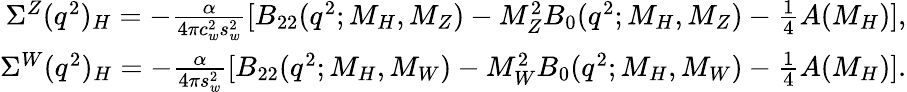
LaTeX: \begin{array}{r}{\Sigma^{Z}(q^{2})_{H}=-\frac{\alpha}{4\pi c_{w}^{2}s_{w}^{2}}[B_{22}(q^{2};M_{H},M_{Z})-M_{Z}^{2}B_{0}(q^{2};M_{H},M_{Z})-\frac{1}{4}A(M_{H})],}\\ {\Sigma^{W}(q^{2})_{H}=-\frac{\alpha}{4\pi s_{w}^{2}}[B_{22}(q^{2};M_{H},M_{W})-M_{W}^{2}B_{0}(q^{2};M_{H},M_{W})-\frac{1}{4}A(M_{H})].}\end{array}